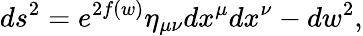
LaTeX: ds^{2}=e^{2f(w)}\eta_{\mu\nu}dx^{\mu}dx^{\nu}-dw^{2},